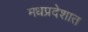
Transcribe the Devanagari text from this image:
मधप्रदेशात